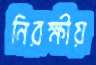
নিরক্ষীয়